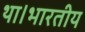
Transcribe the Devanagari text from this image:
था।भारतीय